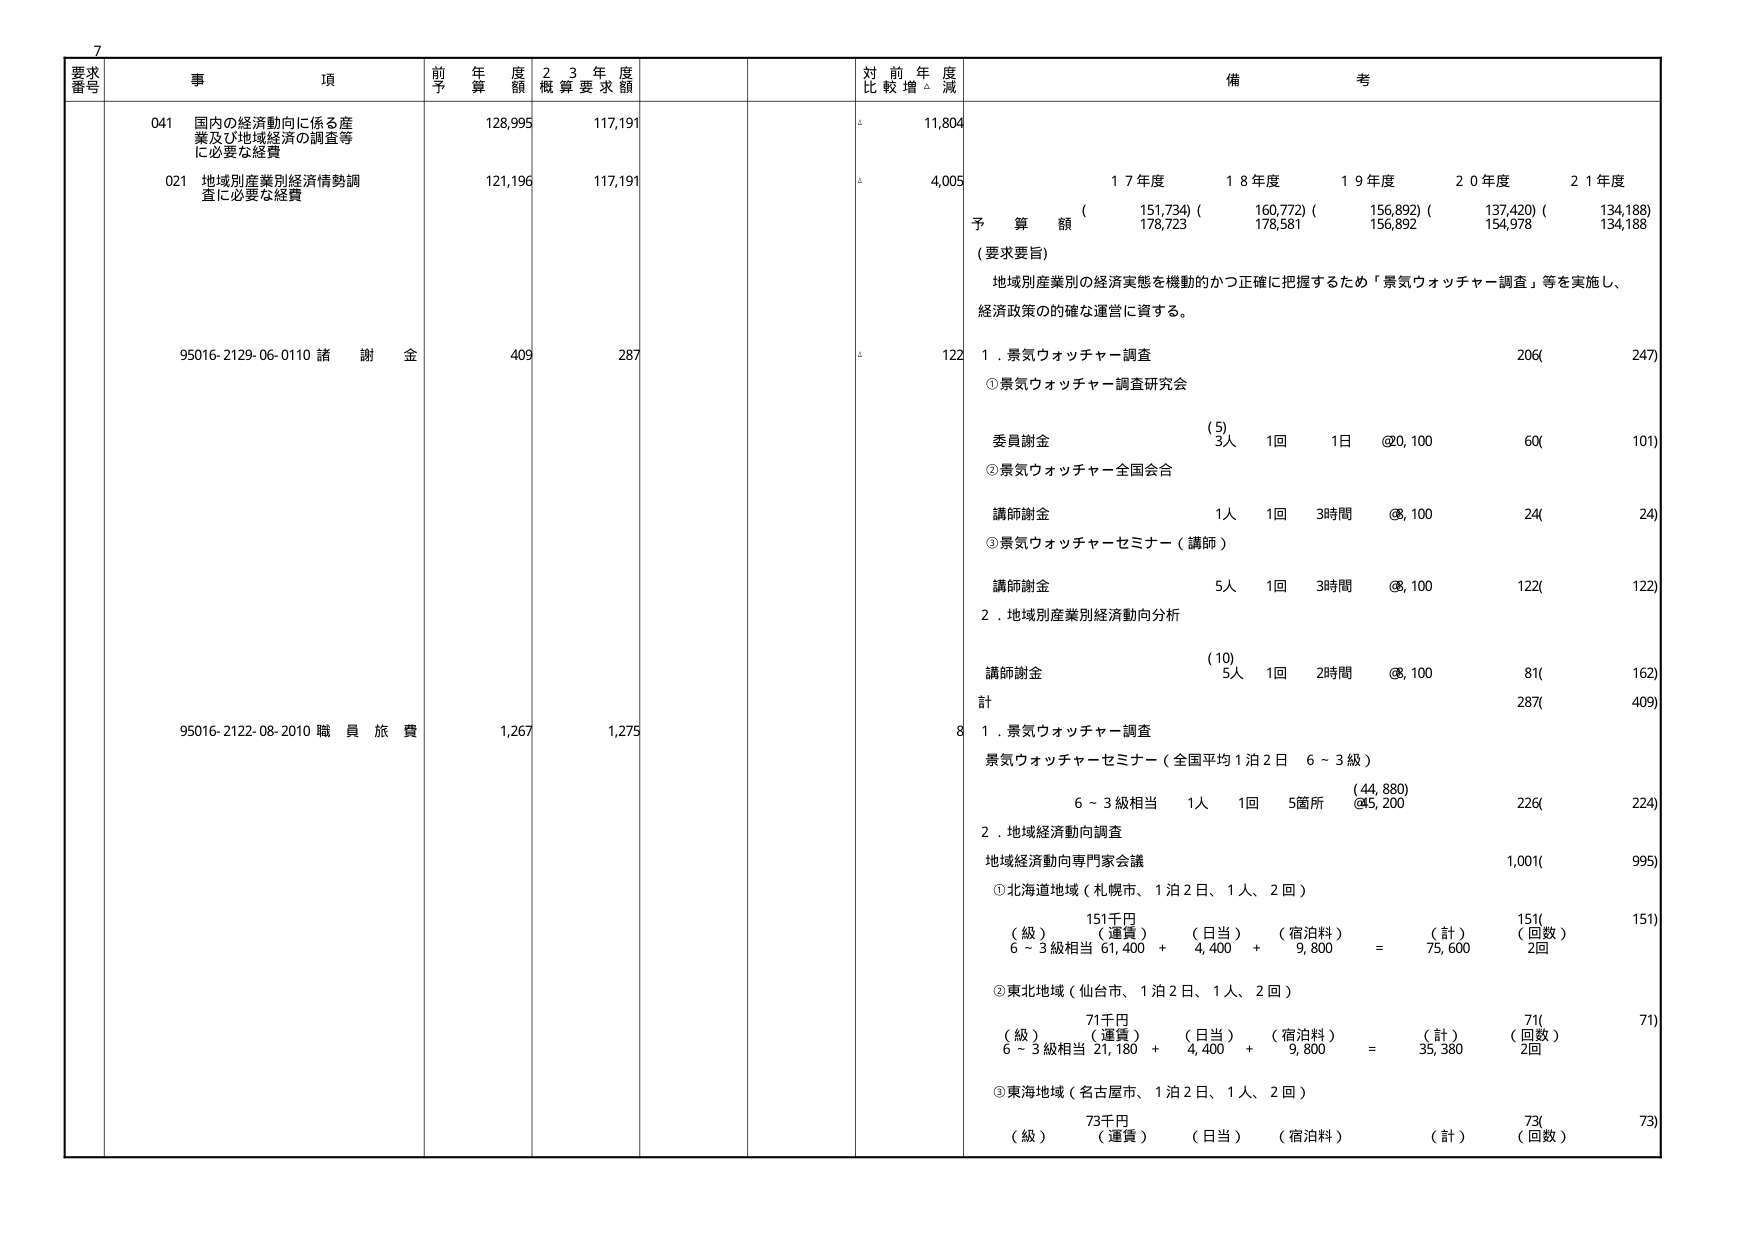
要求番号 事項 前年度予算額 23年度概算要求額 対前年度比較増減 備考
041 国内の経済動向に係る産業及び地域経済の調査等に必要な経費 128,995 117,191 11,804
021 地域別産業別経済情勢調査に必要な経費 121,196 117,191 4,005
17年度 18年度 19年度 20年度 21年度
予算額 (151,734) (160,772) (156,892) (137,420) (134,188)
(178,723 178,581 156,892 154,978 134,188)
(要求要旨)
地域別産業別の経済実態を機動的かつ正確に把握するため「景気ウォッチャー調査」等を実施し、経済政策の的確な運営に資する。
95016-2129-06-0110 諸謝金 409 287 122 1. 景気ウォッチャー調査 206( 247)
①景気ウォッチャー調査研究会
委員謝金 (5) 3人 1回 1日 @20,100 60( 101)
②景気ウォッチャー全国会合
講師謝金 1人 1回 3時間 @8,100 24( 24)
③景気ウォッチャーセミナー（講師）
講師謝金 5人 1回 3時間 @8,100 122( 122)
2. 地域別産業別経済動向分析
講師謝金 (10) 5人 1回 2時間 @8,100 81( 162)
計 287( 409)
95016-2122-08-2010 職員旅費 1,267 1,275 8 1. 景気ウォッチャー調査
景気ウォッチャーセミナー（全国平均1泊2日 6～3級）
6～3級相当 1人 1回 5箇所 (44,880) 226( 224)
@45,200
2. 地域経済動向調査
地域経済動向専門家会議 1,001( 995)
①北海道地域（札幌市、1泊2日、1人、2回）
151千円
（級）（運賃）（日当）（宿泊料）（計）（回数）
6～3級相当 61,400 + 4,400 + 9,800 = 75,600 2回
②東北地域（仙台市、1泊2日、1人、2回）
71千円
（級）（運賃）（日当）（宿泊料）（計）（回数）
6～3級相当 21,180 + 4,400 + 9,800 = 35,380 2回
③東海地域（名古屋市、1泊2日、1人、2回）
73千円
（級）（運賃）（日当）（宿泊料）（計）（回数）
73( 73)